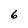
Character: 6